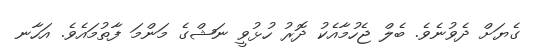
ގެޔަށް ދެވުނެވެ. ބެލް ޖެހުމާއެކު ދޮރު ހުޅުވީ ނަޝްގެ މަންމަ ފާތުމައެވެ. އަހާނ